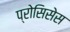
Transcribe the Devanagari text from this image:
प्रोसिसेस